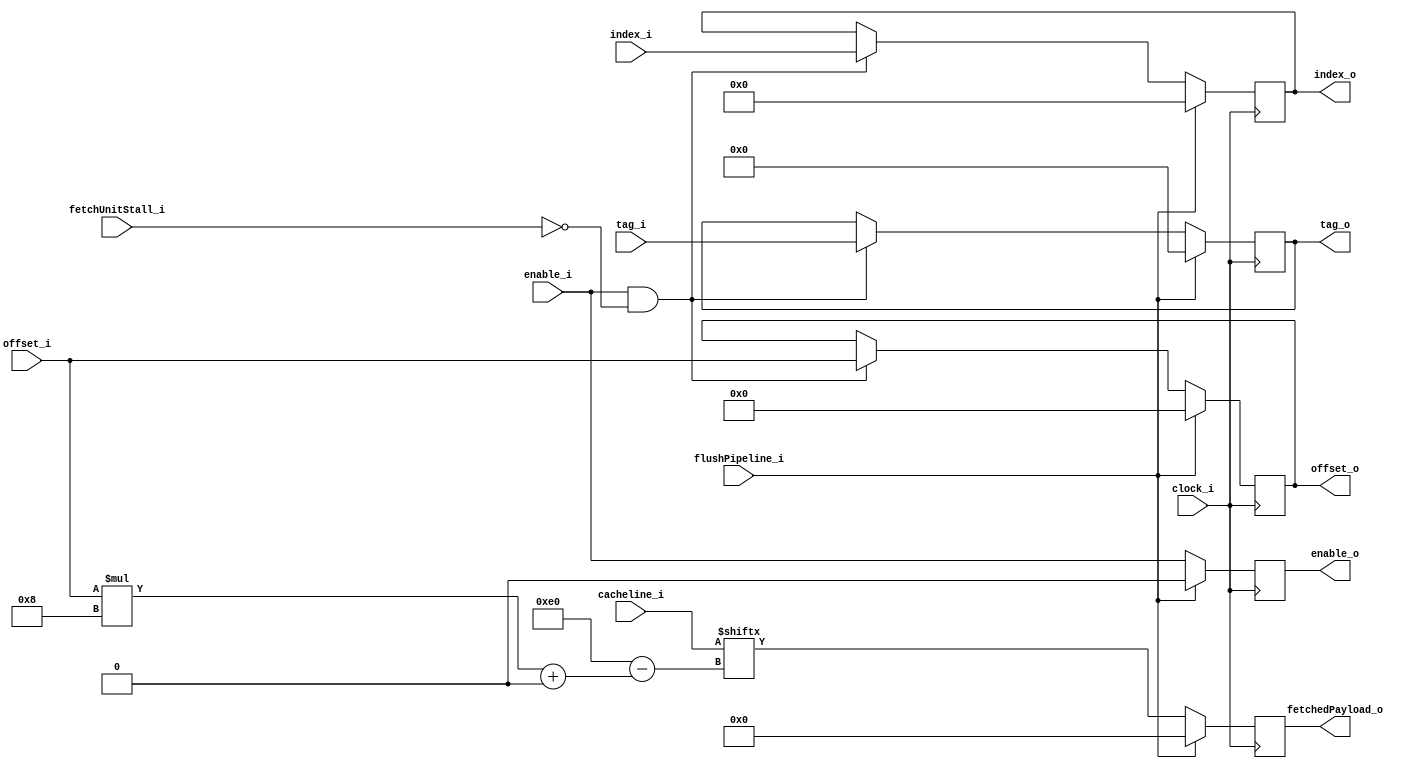
`timescale 1ns / 1ps
//////////////////////////////////////////////////////////////////////////////////
// Company: 
// Engineer: 
// 
// Design Name: 
// Module Name:    CachelineParser 
// Project Name: 
// Target Devices: 
// Tool versions: 
// Description: 
//
// Dependencies: 
//
// Revision: 
// Revision 0.01 - File Created
// Additional Comments: 
//
//////////////////////////////////////////////////////////////////////////////////
module CachelineParser #( parameter offsetSize = 5, parameter indexSize = 8, parameter tagSize = 64 - (offsetSize + indexSize),
	parameter cachelineSizeInBits = (2**offsetSize)*8, parameter parsePayloadSizeBits=32 )(
	//command
	input wire clock_i,
	input wire flushPipeline_i,
	input wire fetchUnitStall_i,
	//parse input
	input wire enable_i,
	input wire [0:cachelineSizeInBits-1] cacheline_i,
	input wire [0:tagSize-1] tag_i,
	input wire [0:indexSize-1] index_i,
	input wire [0:offsetSize-1] offset_i,
	//parse output
	output reg [0:parsePayloadSizeBits-1] fetchedPayload_o,//instruction or word
	output reg enable_o,
	output reg [0:tagSize-1] tag_o,
	output reg [0:indexSize-1] index_o,
	output reg [0:offsetSize-1] offset_o
    );
	 
	always @(posedge clock_i)
	begin
		if(flushPipeline_i == 1)
		begin
			fetchedPayload_o <= 0;
			enable_o <= 0;
			tag_o <= 0;
			index_o <= 0;
			offset_o <= 0;
			$display("Stage 4 flushing pipeline");
		end
		else
		begin
			enable_o <= enable_i;
			if((enable_i == 1) && (fetchUnitStall_i == 0))
			begin
				$display("Stage 4 writing instruction out for decoders");
				tag_o <= tag_i;
				index_o <= index_i;
				offset_o <= offset_i;
			end
			fetchedPayload_o <= cacheline_i[offset_i*8+:parsePayloadSizeBits];
		end

	end

endmodule